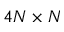
4 N \times N